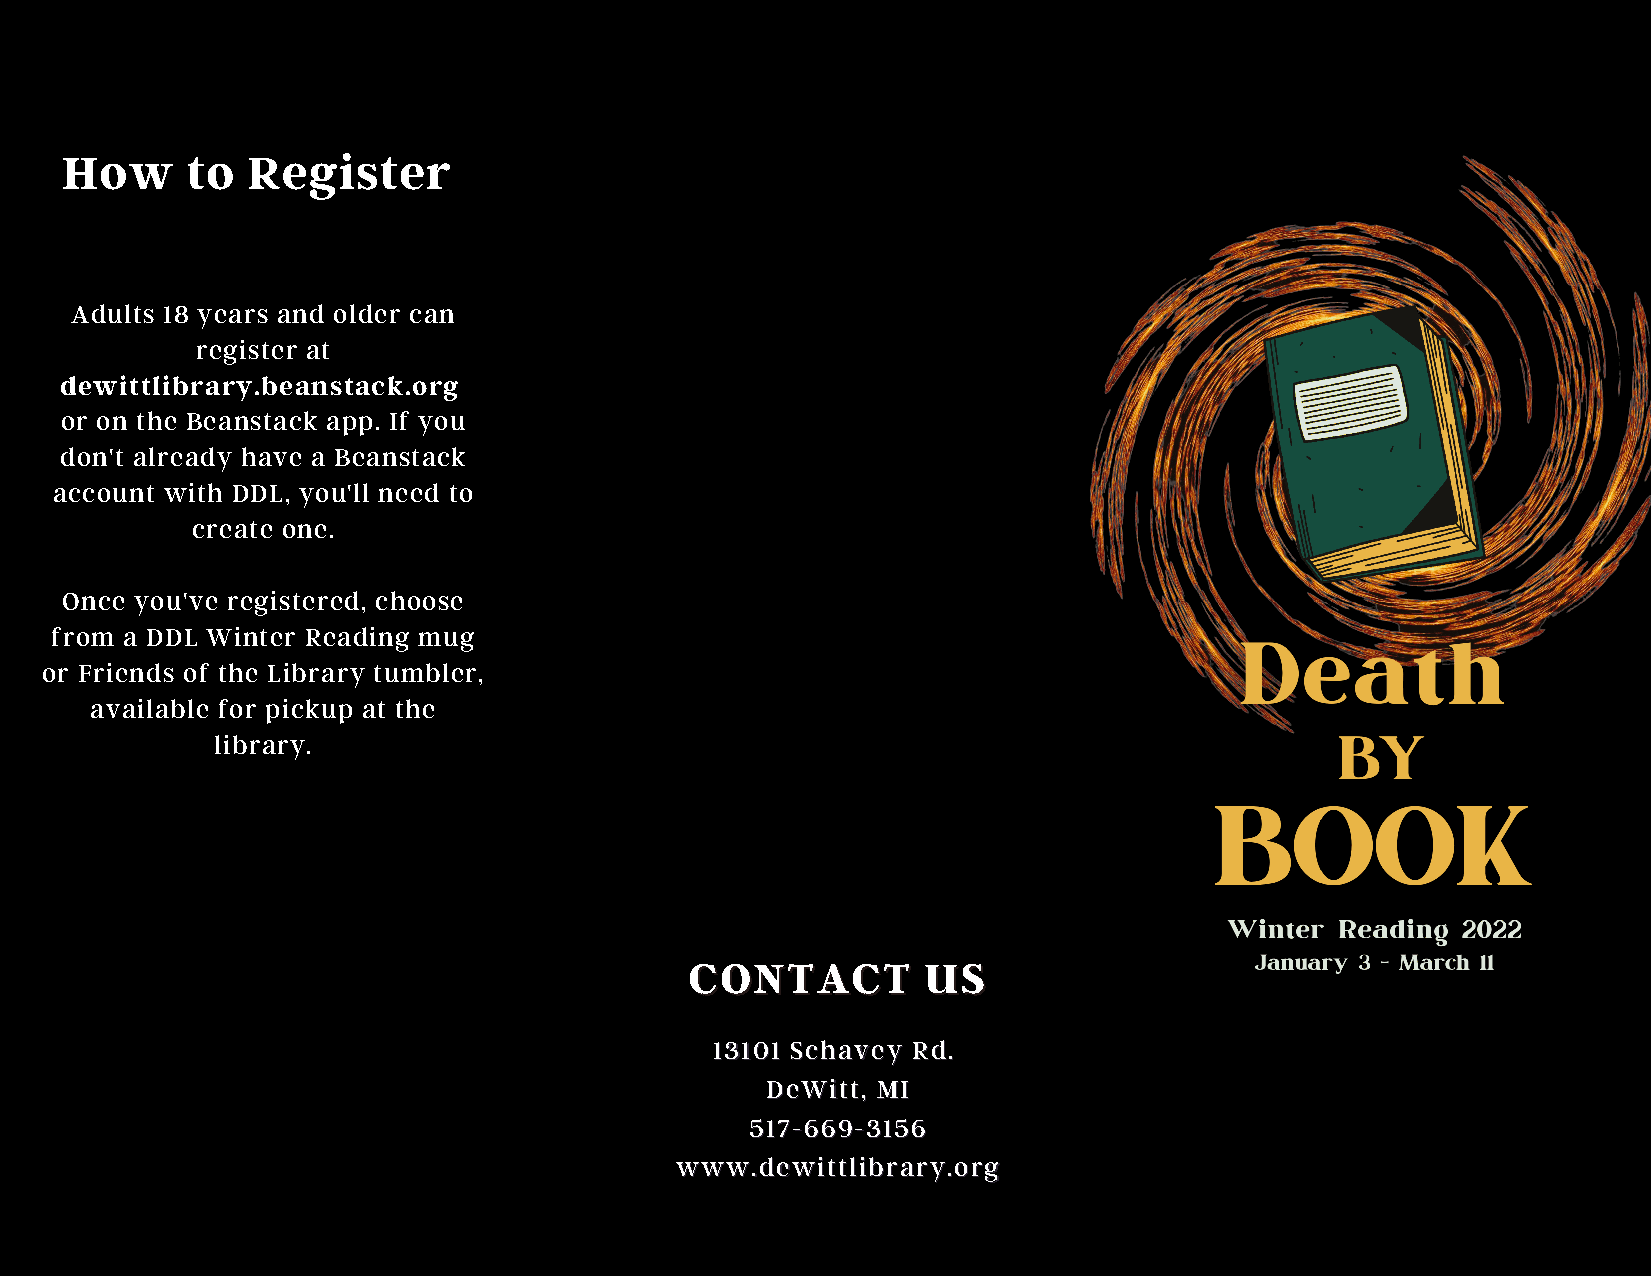
How     to  Register
 Adults 18 years and older can
 register at
 dewittlibrary.beanstack.org
 or on the Beanstack app. If you
 don't already have a Beanstack
 account with DDL, you'll need to
 create one.
 Once you've registered, choose
 from a DDL Winter Reading mug
 or Friends of the Library tumbler,
 available for pickup at the
 library.
 CCOONNTTAACCTT UUSS
 1133110011 SScchhaavveeyy RRdd..
 DDeeWWiitttt,, MMII
 551177--666699--33115566
 wwwwww..ddeewwiittttlliibbrraarryy..oorrgg